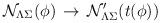
LaTeX: \begin{align*}{\cal N}_{\Lambda\Sigma}(\phi)\, \rightarrow \,{\cal N}^{\prime}_{\Lambda\Sigma}(t(\phi))\end{align*}